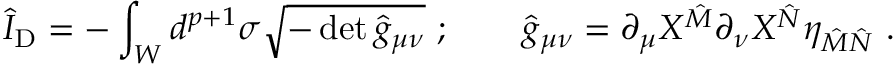
\hat { I } _ { \mathrm { D } } = - \int _ { W } d ^ { p + 1 } \sigma \sqrt { - \operatorname * { d e t } { \hat { g } } _ { \mu \nu } } \ ; \qquad \hat { g } _ { \mu \nu } = \partial _ { \mu } X ^ { \hat { M } } \partial _ { \nu } X ^ { \hat { N } } \eta _ { \hat { M } \hat { N } } \ .